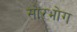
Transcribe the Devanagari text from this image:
सोरभोग